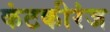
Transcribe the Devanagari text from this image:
कंटकीरंज